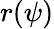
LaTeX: r(\psi)